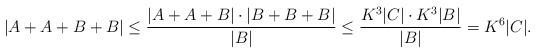
LaTeX: \begin{align*}|A+A+B+B|\leq \frac{|A+A+B|\cdot |B+B+B|}{|B|}\leq \frac{K^3 |C|\cdot K^3|B|}{|B|}=K^6|C|.\end{align*}